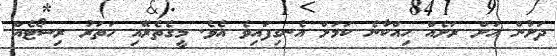
ދަށުން އަށް ރަށެއް ހިއްކާނެ ކަމަށް އެނގިފައިވެ އެވެ. މީގެތެރޭއި ހަތަރު ރިސޯޓެއް